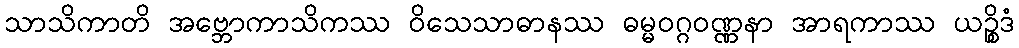
သာသိကာတိ အဗ္ဘောကာသိကဿ ဝိသေသာဓာနဿ ဓမ္မဝဂ္ဂဝဏ္ဏနာ အာရကာဿ ယဉ္စိဒံ